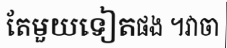
តែមួយទៀតផង ។វាចា